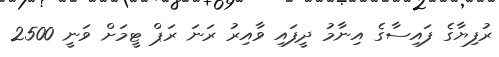
ރުފިޔާގެ ފައިސާގެ އިނާމު ދީފައި ވާއިރު ރަނަ ރަޕް ޓީމަށް ވަނީ 2500